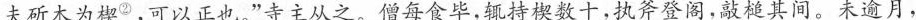
夫斫木为楔^{②}，可以正也。”寺主从之。僧每食毕，辄持楔数十，执斧登阁，敲槌其间。未逾月，